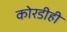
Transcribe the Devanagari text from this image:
कोरडीही